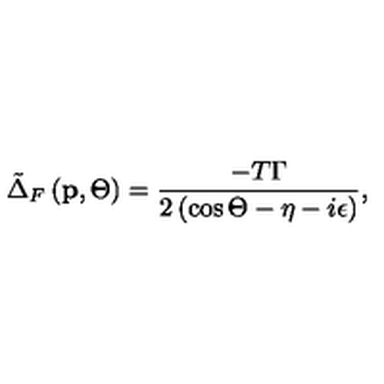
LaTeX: \tilde { \Delta } _ { F } \left( \mathbf { p } , \Theta \right) = \frac { - T \Gamma } { 2 \left( \cos \Theta - \eta - i \epsilon \right) } ,